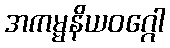
အကမ္မနိယဝဂ္ဂေါ